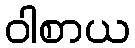
ဝါစာယ